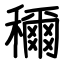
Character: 穪